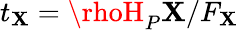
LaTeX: t_{\mathbf{X}}=\rhoH_{P}\mathbf{X}/F_{\mathbf{X}}